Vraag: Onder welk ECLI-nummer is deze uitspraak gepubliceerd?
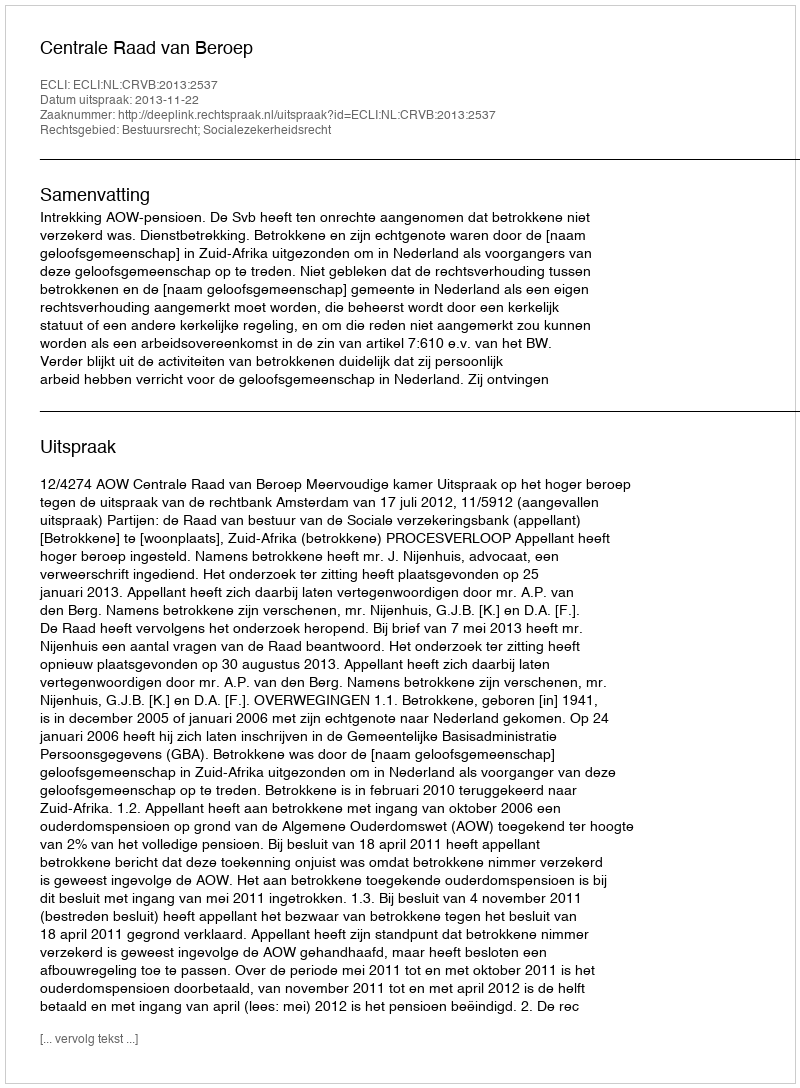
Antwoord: ECLI:NL:CRVB:2013:2537